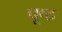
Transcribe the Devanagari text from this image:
पूष्ठ